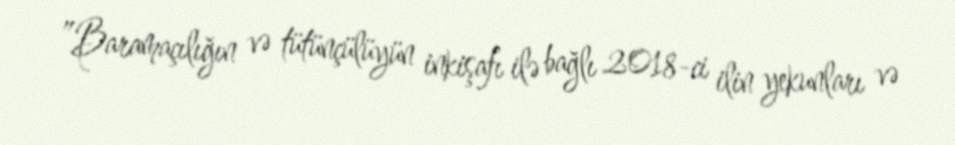
”Baramaçılığın və tütünçülüyün inkişafı ilə bağlı 2018-ci ilin yekunları və